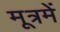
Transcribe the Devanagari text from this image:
मूत्रमें